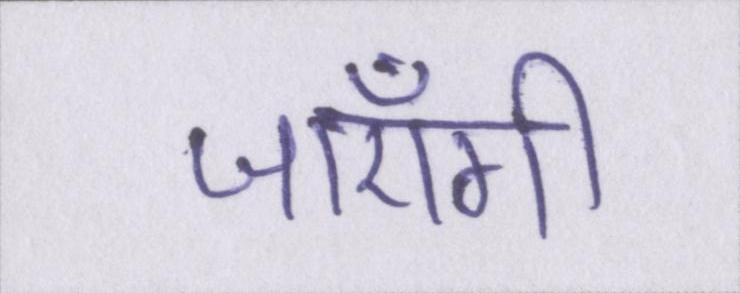
जाएँगी